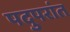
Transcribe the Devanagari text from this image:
पदुपरांत